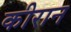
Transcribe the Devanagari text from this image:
कीरान